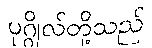
ပုဂ္ဂိုလ်တို့သည်